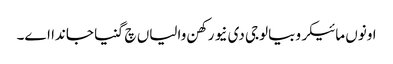
اونوں مائیکروبیالوجی دی نیو رکھن والیاں چ گنیا جاندا اے۔